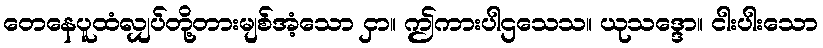
တေနေပူထံလျှပ်တို့တားမျစ်အံ့သော ငှာ။ ဤကားပါဌသေသ။ ယုသဒ္ဒော။ ငါးပါးသော